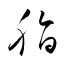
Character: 脂